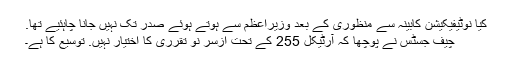
کیا نوٹیفیکیشن کابینہ سے منظوری کے بعد وزیراعظم سے ہوتے ہوئے صدر تک نہیں جانا چاہئیے تھا.
چیف جسٹس نے پوچھا کہ آرٹیکل 255 کے تحت ازسر نو تقرری کا اختیار نہیں. توسیع کا ہے۔